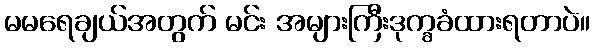
မမရေချယ်အတွက် မင်း အများကြီးဒုက္ခခံထားရတာပဲ။